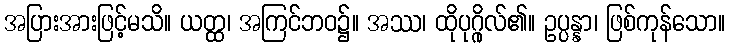
အပြားအားဖြင့်မသိ။ ယတ္ထ၊ အကြင်ဘဝ၌။ အဿ၊ ထိုပုဂ္ဂိုလ်၏။ ဥပ္ပန္နာ၊ ဖြစ်ကုန်သော။